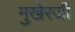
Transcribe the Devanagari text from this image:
मुखेरजी